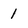
Character: 1